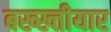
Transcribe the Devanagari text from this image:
बख्ख्तीयार